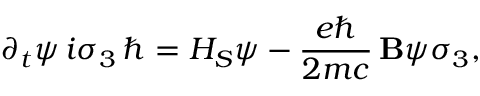
\partial _ { t } \psi \, i \sigma _ { 3 } \, \hbar = H _ { S } \psi - { \frac { e \hbar } { 2 m c } } \, \mathbf { B } \psi \sigma _ { 3 } ,